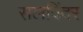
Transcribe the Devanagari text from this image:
सलविंदर